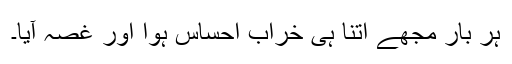
ہر بار مجھے اتنا ہی خراب احساس ہوا اور غصہ آیا۔